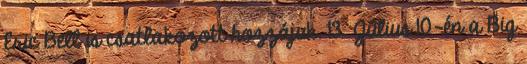
Eric Bell is csatlakozott hozzájuk. 13 Július 10-én a Big